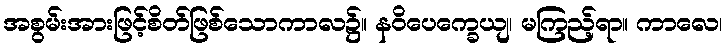
အစွမ်းအားဖြင့်စိတ်ဖြစ်သောကာလ၌။ နဝိပေက္ခေယျ၊ မကြည့်ရာ။ ကာလေ၊